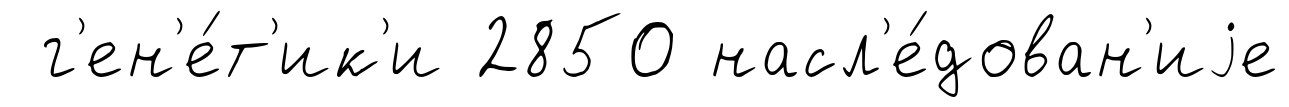
г'ен'е́т'ик'и 2850 насл'е́дован'иjе